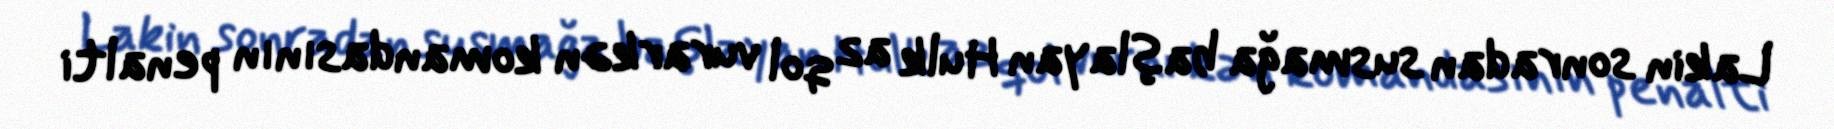
Lakin sonradan susmağa başlayan Hulk az qol vurarkən komandasının penalti